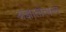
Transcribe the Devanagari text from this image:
अज्ञातोत्पन्न